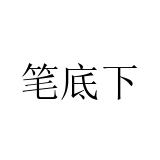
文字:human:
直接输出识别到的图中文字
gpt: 笔底下